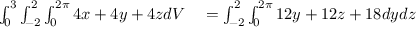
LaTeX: \begin{array} { r l } { \int _ { 0 } ^ { 3 } \int _ { - 2 } ^ { 2 } \int _ { 0 } ^ { 2 \pi } 4 x + 4 y + 4 z d V } & { { } = \int _ { - 2 } ^ { 2 } \int _ { 0 } ^ { 2 \pi } 1 2 y + 1 2 z + 1 8 d y d z } \end{array}